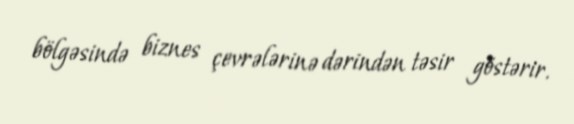
bölgəsində biznes çevrələrinə dərindən təsir göstərir.